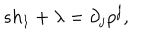
s h _ { 1 } + \lambda = \partial _ { j } \rho ^ { j } ,